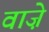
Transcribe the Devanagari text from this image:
वाज़े